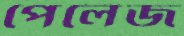
পেলেজ